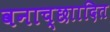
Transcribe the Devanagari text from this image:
वनाच्छाादित